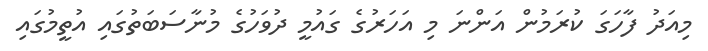
މިއަދު ފާހަގަ ކުރަމުން އަންނަ މި އަހަރުގެ ގައުމީ ދުވަހުގެ މުނާސަބަތުގައި އުތީމުގައި